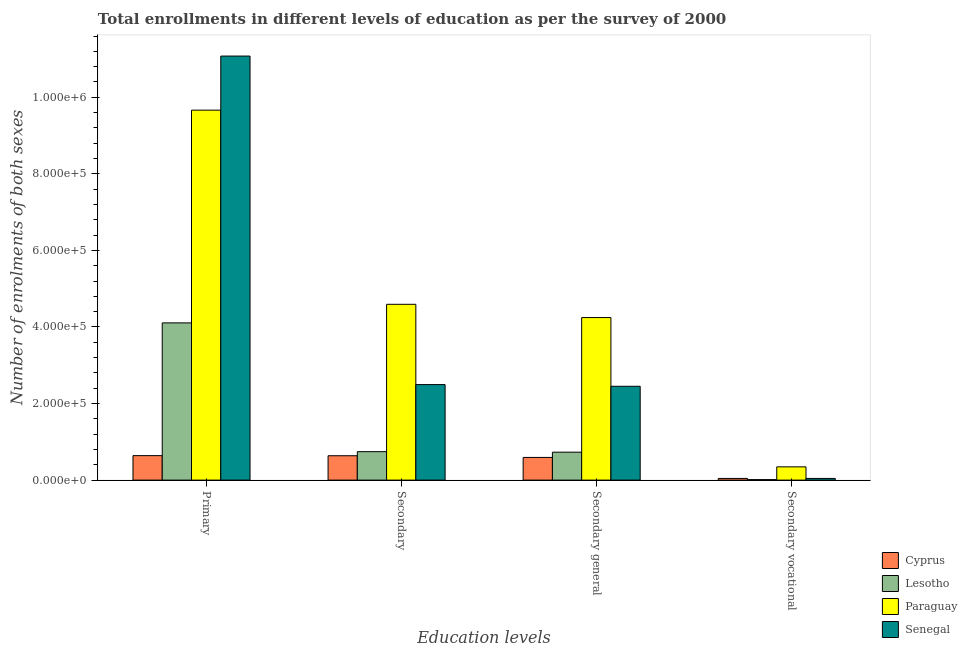
| Education levels | Cyprus | Lesotho | Paraguay | Senegal |
 | --- | --- | --- | --- | --- |
 | Primary | 6.4e+04 | 4.11e+05 | 9.66e+05 | 1.11e+06 |
 | Secondary | 6.37e+04 | 7.43e+04 | 4.59e+05 | 2.5e+05 |
 | Secondary general | 5.93e+04 | 7.3e+04 | 4.25e+05 | 2.45e+05 |
 | Secondary vocational | 4.39e+03 | 1.32e+03 | 3.46e+04 | 4.42e+03 |